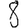
Digit: 8